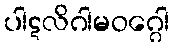
ပါဋလိဂါမဝဂ္ဂေါ